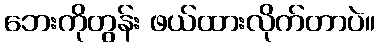
ဘေးကိုတွန်း ဖယ်ထားလိုက်တာပဲ။